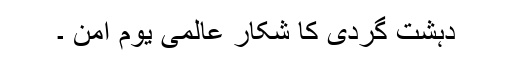
دہشت گردی کا شکار عالمی یوم امن ۔